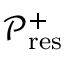
\mathcal { P } _ { \mathrm { r e s } } ^ { + }